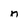
Character: n